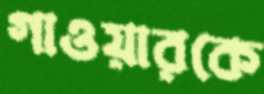
গাওয়ারকে